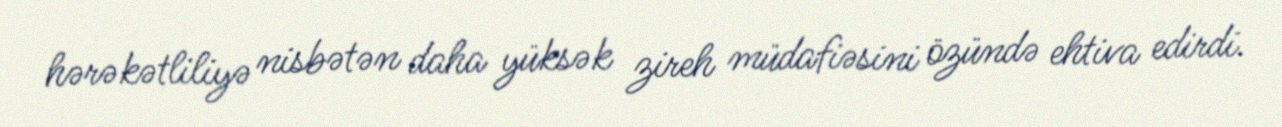
hərəkətliliyə nisbətən daha yüksək zireh müdafiəsini özündə ehtiva edirdi.